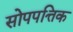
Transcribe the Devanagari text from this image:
सोपपत्तिक